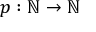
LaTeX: p : \mathbb { N } \to \mathbb { N }